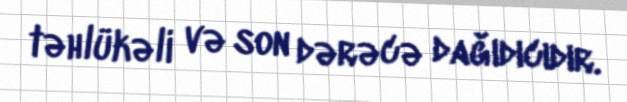
təhlükəli və son dərəcə dağıdıcıdır.